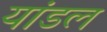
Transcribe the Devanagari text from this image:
यांडल